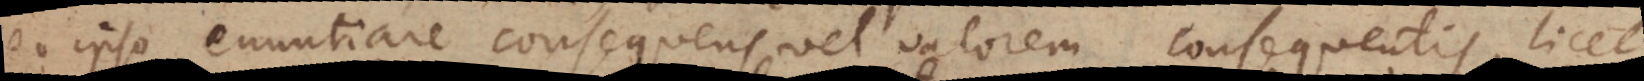
eo ipso enuntiare consequens vel valorem consequentis, licet